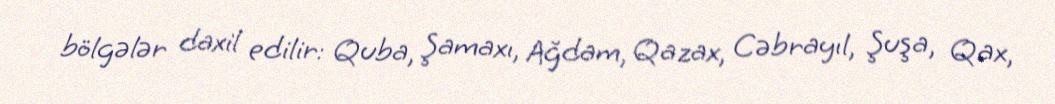
bölgələr daxil edilir: Quba, Şamaxı, Ağdam, Qazax, Cəbrayıl, Şuşa, Qax,